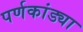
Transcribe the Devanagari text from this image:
पर्णकांड्या